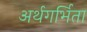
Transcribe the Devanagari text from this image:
अर्थगर्भिता